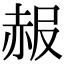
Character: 赧